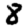
Digit: 8